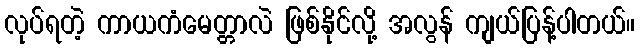
လုပ်ရတဲ့ ကာယကံမေတ္တာလဲ ဖြစ်နိုင်လို့ အလွန် ကျယ်ပြန့်ပါတယ်။